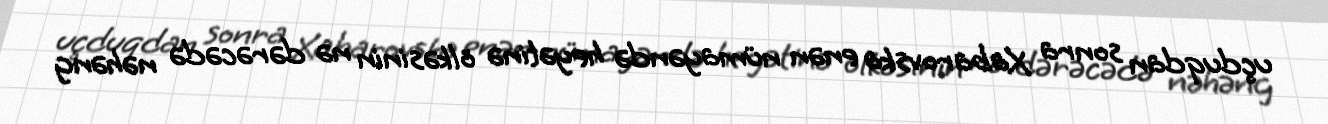
uçduqdan sonra Xabarovska enən nümayəndə heyətinə ölkəsinin nə dərəcədə nəhəng